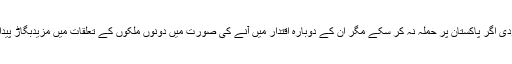
امریکی ماہرین نے تو یہاں تک کہہ دیا ہے کہ مودی اگر پاکستان پر حملہ نہ کر سکے مگر ان کے دوبارہ اقتدار میں آنے کی صورت میں دونوں ملکوں کے تعلقات میں مزیدبگاڑ پیدا ہوگا اور جنگ کے خطرات مزید بڑھ جائیں گے۔